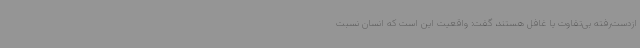
ازدست‌رفته بی‌تفاوت یا غافل هستند، گفت: واقعیت این است که انسان نسبت